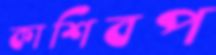
কাশিবপ